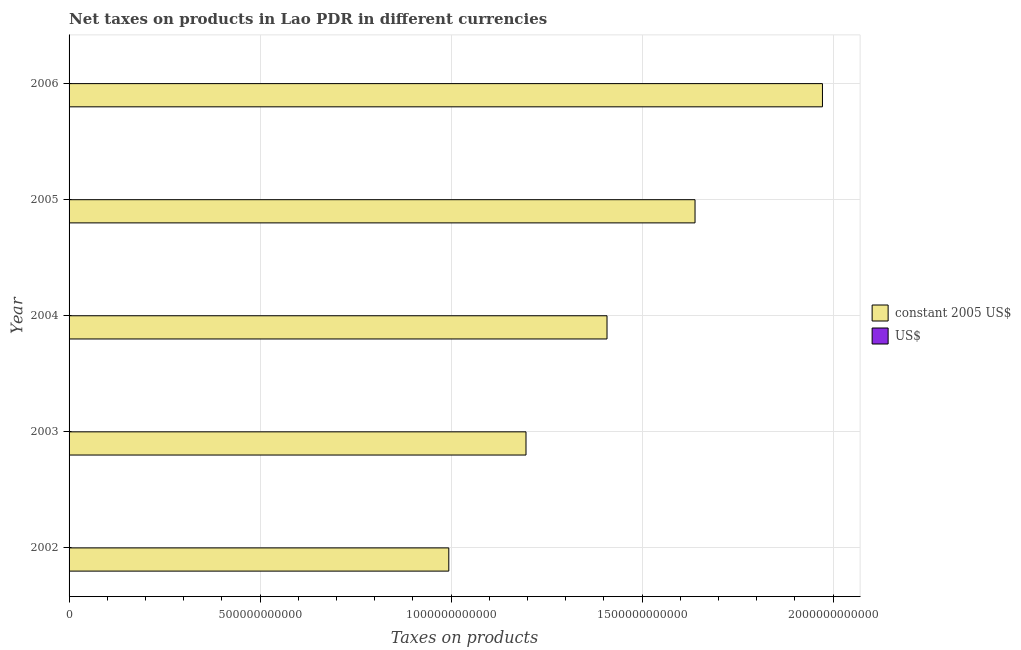
| Year | constant 2005 US$ | US$ |
 | --- | --- | --- |
 | 2002 | 9.94e+11 | 9.89e+07 |
 | 2003 | 1.2e+12 | 1.14e+08 |
 | 2004 | 1.41e+12 | 1.33e+08 |
 | 2005 | 1.64e+12 | 1.54e+08 |
 | 2006 | 1.97e+12 | 1.94e+08 |